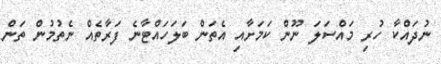
ނުދައްކާ ހުރި މައްސަލަ ނޫން ކަމަށާއި އެތަން ބަލަހައްޓާނެ ފަރާތެއް ނެތުމުން ތަން